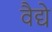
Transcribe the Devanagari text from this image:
वैद्ये